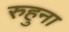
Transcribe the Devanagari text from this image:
रुहुना